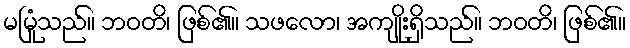
မမြုံသည်။ ဘဝတိ၊ ဖြစ်၏။ သဖလော၊ အကျိုးရှိသည်။ ဘဝတိ၊ ဖြစ်၏။